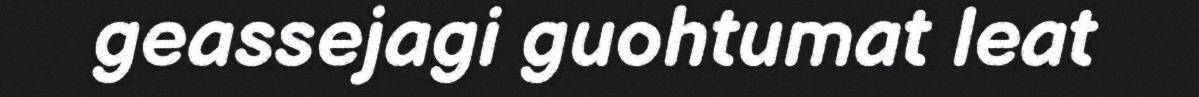
geassejagi guohtumat leat